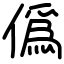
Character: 僞